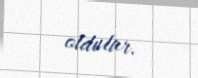
oldular.